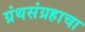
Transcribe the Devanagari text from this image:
ग्रंथसंग्रहाचा